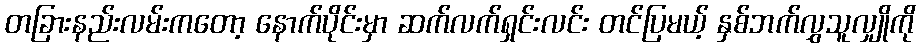
တခြားနည်းလမ်းကတော့ နောက်ပိုင်းမှာ ဆက်လက်ရှင်းလင်း တင်ပြမယ့် နှစ်ဘက်လွှသူလျှိုကို